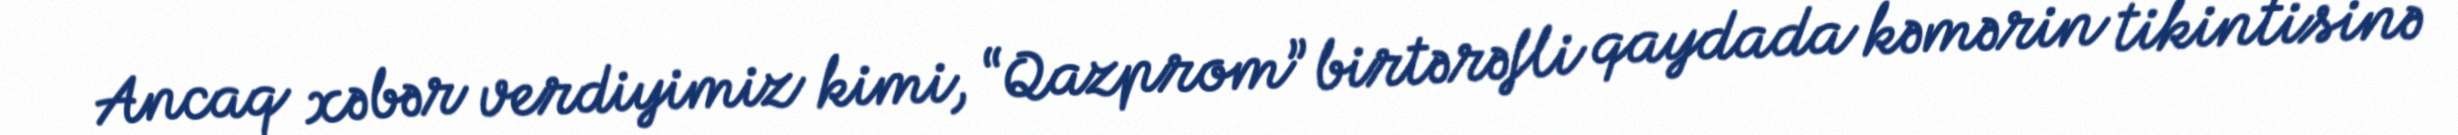
Ancaq xəbər verdiyimiz kimi, “Qazprom” birtərəfli qaydada kəmərin tikintisinə